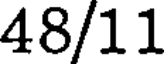
48/11